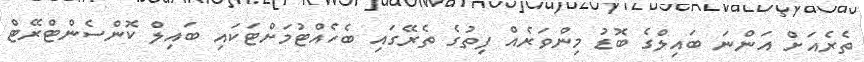
ތެރެއަށް އަންނަ ބައިލްގެ ބޮޑު މިންވަރެއް ފިތުގެ ތެރޭގައި ބެހެއްޓުމަށްޓަކައި ބައިލް ކޮންސެންޓްރޭޓް